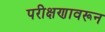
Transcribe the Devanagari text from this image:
परीक्षणावरून